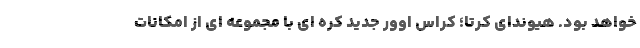
خواهد بود. هیوندای کرتا؛ کراس اوور جدید کره ای با مجموعه ای از امکانات